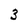
Character: 3